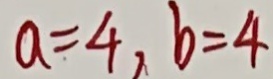
a = 4 , b = 4